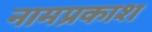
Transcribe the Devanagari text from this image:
नामप्रकाश